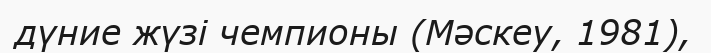
дүние жүзі чемпионы (Мәскеу, 1981),